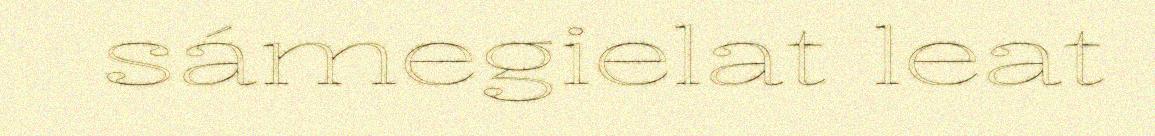
sámegielat leat